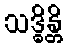
သဒ္ဓိန္တိ